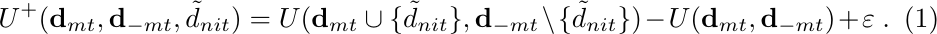
\begin{equation}
\label{eq:delta-plus}
U^{+}{} (\mathbf{d}_{mt}, \mathbf{d}_{-mt}, \tilde{d}_{nit}) = U({\mathbf{d}_{mt} \cup \{\tilde{d}_{nit}\}},\mathbf{d}_{-mt} \setminus \{\tilde{d}_{nit}\}) - U(\mathbf{d}_{mt},\mathbf{d}_{-mt}) + \varepsilon~.
\end{equation}